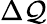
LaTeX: \Delta\mathcal{Q}